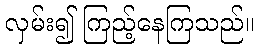
လှမ်း၍ ကြည့်နေကြသည်။